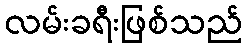
လမ်းခရီးဖြစ်သည်